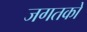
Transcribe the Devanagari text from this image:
जगतको